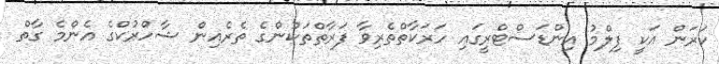
ކަރަން އަކީ ފިލްމު އިންޑަސްޓްރީގައި ހަރަކާތްތެރިވާ ފަރާތްތަކުންގެ ތެރެއިން ޝާހްރުކްގެ އެންމެ ގާތް